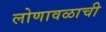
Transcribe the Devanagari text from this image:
लोणावळाची